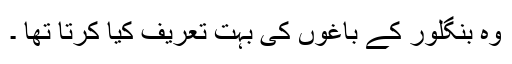
وہ بنگلور کے باغوں کی بہت تعریف کیا کرتا تھا ۔